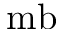
\mathrm { m b }